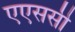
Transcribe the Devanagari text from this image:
एएससी